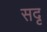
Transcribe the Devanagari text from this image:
सदृ